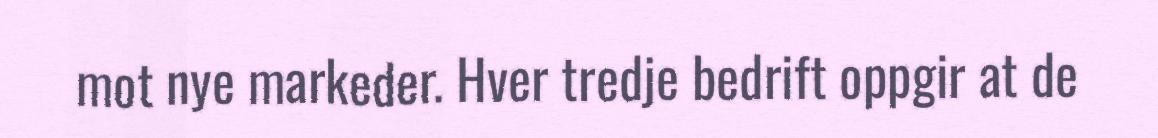
mot nye markeder. Hver tredje bedrift oppgir at de